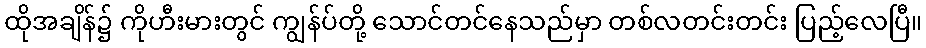
ထိုအချိန်၌ ကိုဟီးမားတွင် ကျွန်ပ်တို့ သောင်တင်နေသည်မှာ တစ်လတင်းတင်း ပြည့်လေပြီ။